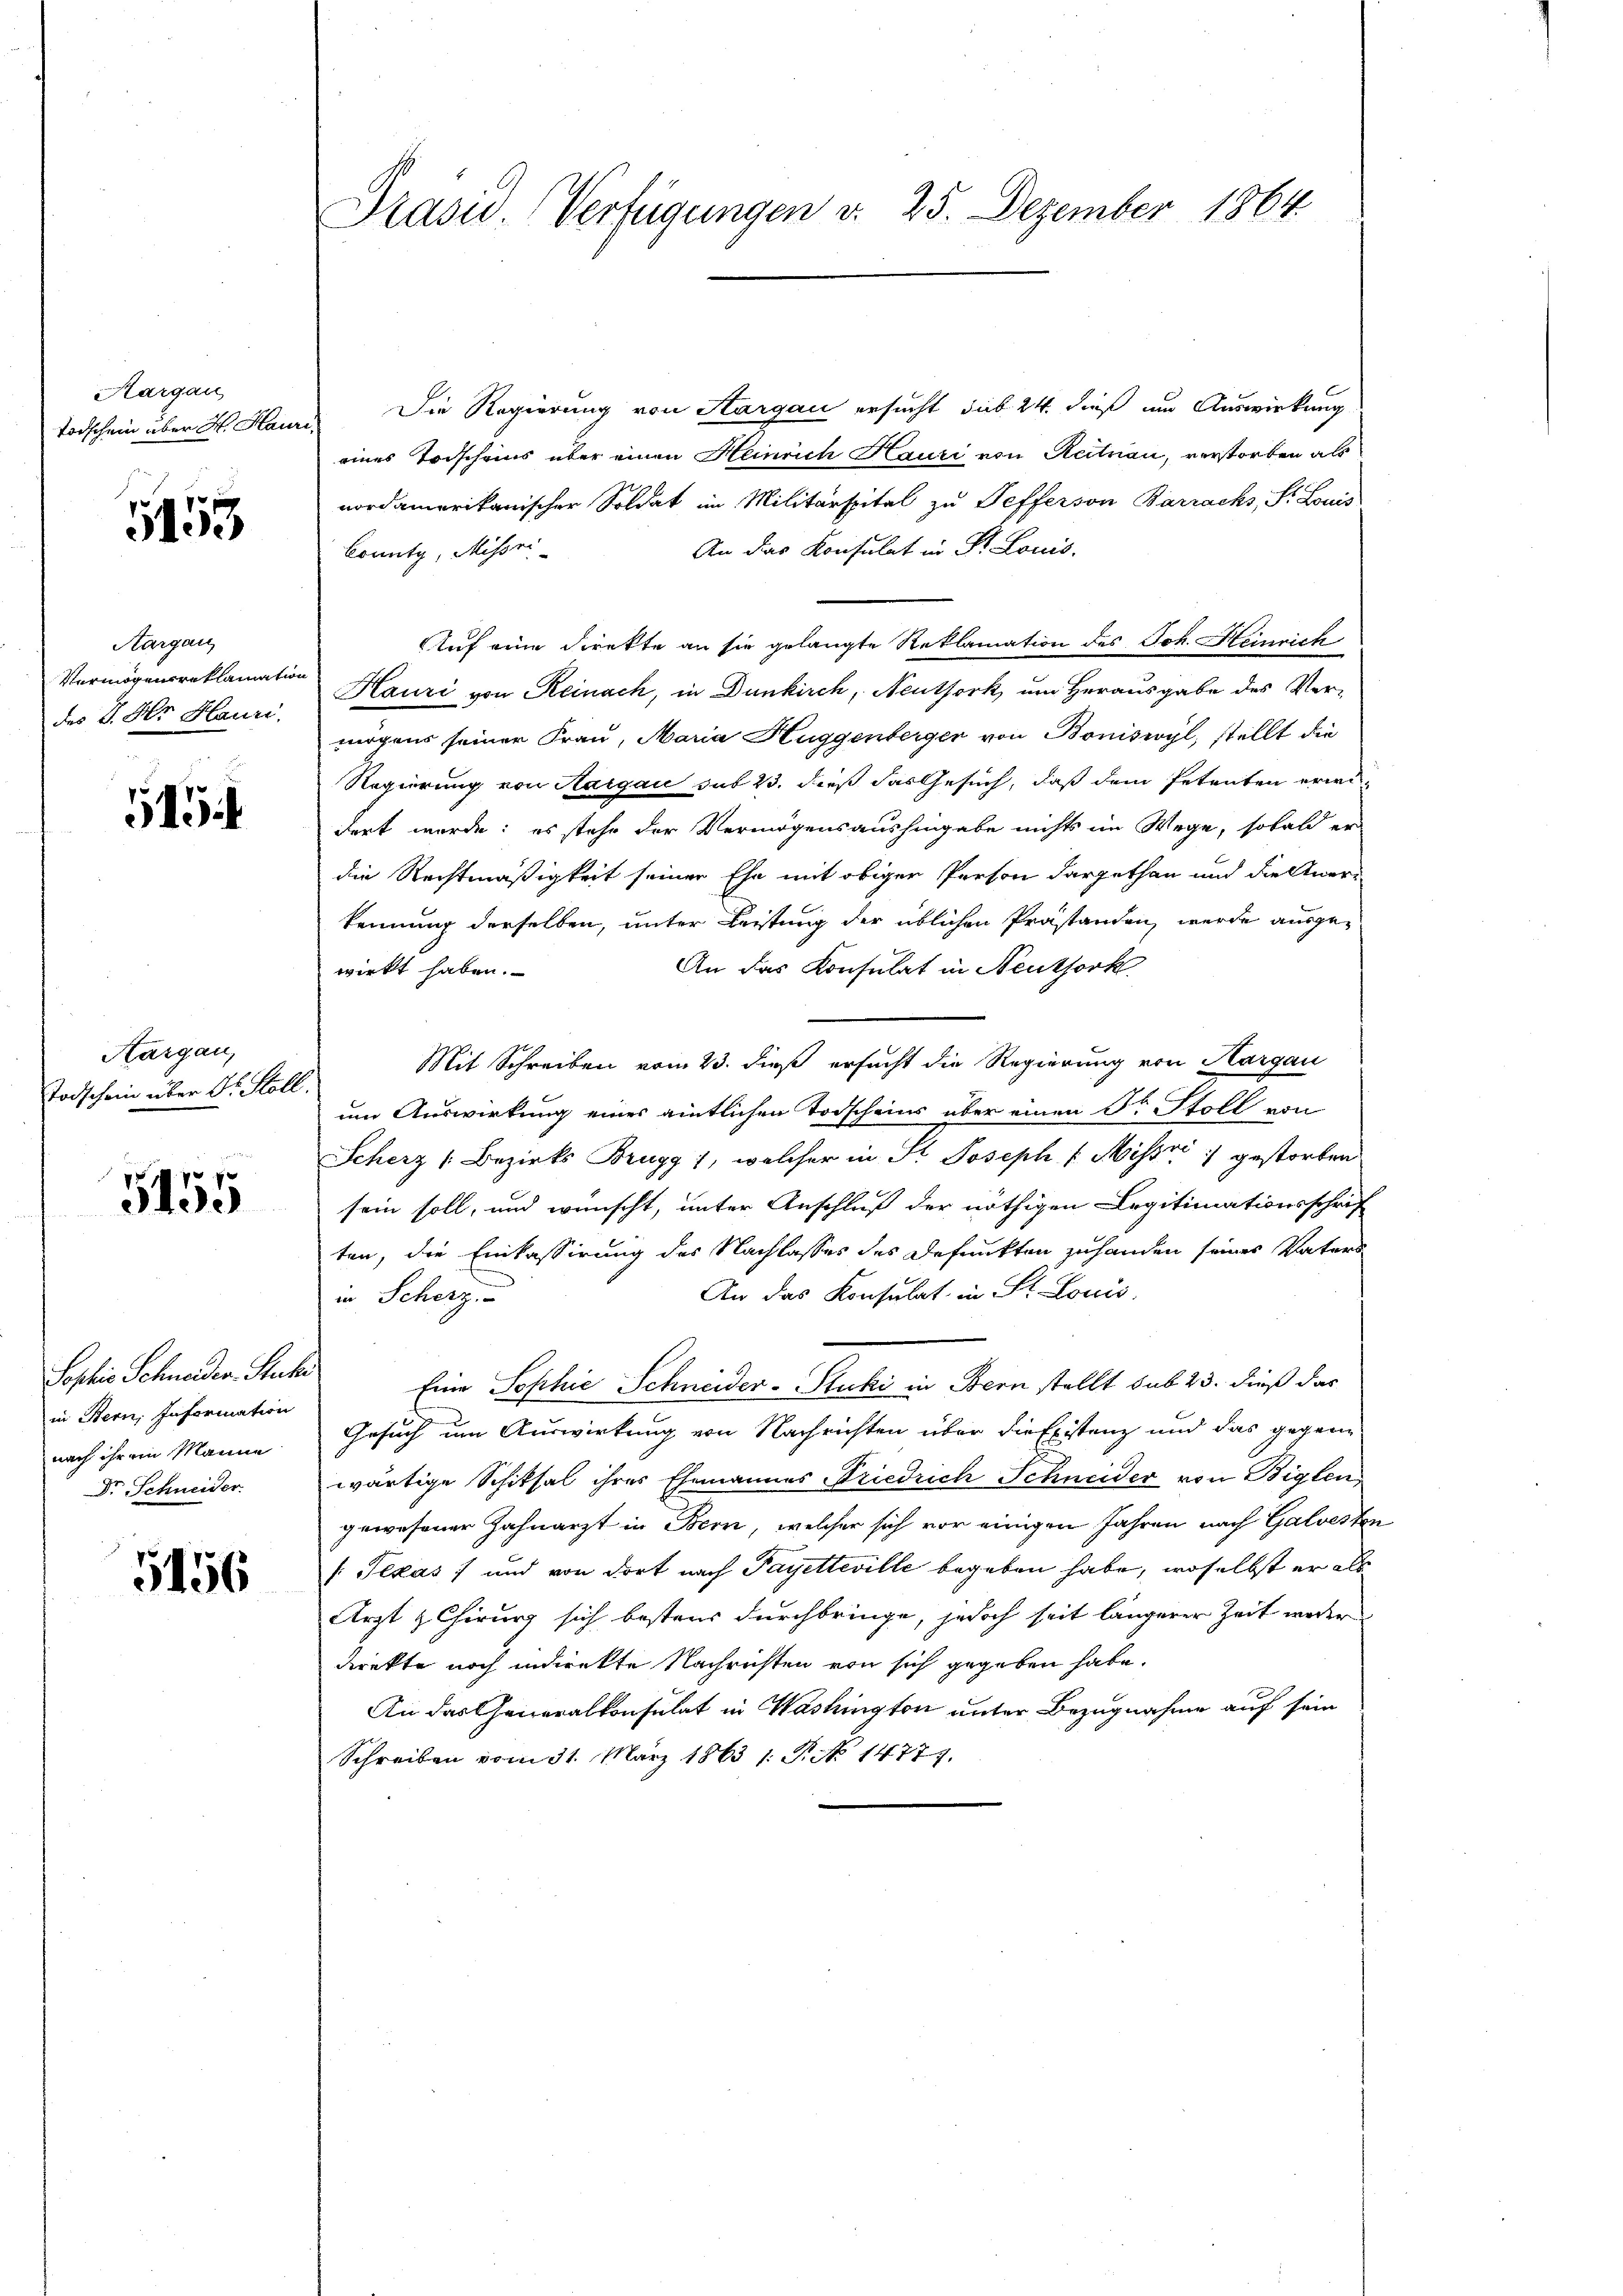
Aargau
Todschein über H. Haur

5153

Aargau
Vermögensreklamation
des G. Hr. Hauri

515

Kargau,
Todschein über Dr. Holl.

5155

Sophie Schneider Stut
in Bern, Information
nach ihrem Manne
Dr. Schneider

5156

Präsid (Verfügungen v. 25. Dezember 1864

Die Regierung von Sargau ersucht sub 24 dieß um Auswirkung
eines Todscheins über einen Heinrich Hauri von Reitnau, verstorben als
nordamerikanischer Soldat in Militärspital zu Pefferson Barrachs, St. Louis
An das Konsulat in Dr. Louis.
County, Missri
Auf eine Direkte an sie gelangte Reklamation des Joh. Heinrich
Hauri von Reinach, in Dunkirch, Neuthork, um Herausgabe des Vermögens seiner Frau, Maria Huggenberger von Boniswyl, stellt die
Regierung von Aargau sub 23. dieß das Gesuch, daß dem Petenten erwidert werde: es stehe der Vermögensaushingabe nichts im Wege, sobald er
die Rechtmäßigkeit seiner Ehe mit obiger Person dargethan und die Aner-
kennung derselben, unter Leistung der üblichen Prästanden werde ausge¬
An das Konsulat in Neuthork
wirkt haben.
Mit Schreiben vom 23. dieß ersucht die Regierung von Hargau
um Auswirkung eines amtlichen Todscheins über einen Dr. Stoll von
Scherz (Bezirks Brugg, welcher in St. Joseph v Missri :/ gestorben
sein soll, und wünscht, unter Anschluß der nöthigen Legitimationsschrif
ten, die Einkassirung des Nachlasses des Defunkten zuhanden seines Vaters
An das Konsulat in St. Louis
in Scherz
Eine Sophie Schneider-Stucki in Bern stellt sub 23. dieß das
Gesuch um Auswirkung von Nachrichten über die Existenz und das gegenwärtige Schiksal ihres Ehemannes Friedrich Schneider von Biglen,
gewesener Zahnarzt in Bern, welcher sich vor einigen Jahren nach Galvesten
(Texas ; und von dort nach Payetteville begeben habe, woselbst er als
Arzt & Chirurg sich bestens durchbringe, jedoch seit längerer Zeit werde
direkte noch indirekte Nachrichten von sich gegeben habe.
An das Generalkonsulat in Washington unter Bezugnahme auf sein
Schreiben vom 31. März 1863 1. P. No 14777.